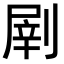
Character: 𠞂